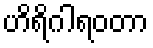
ဟိရိဂါရဝတာ